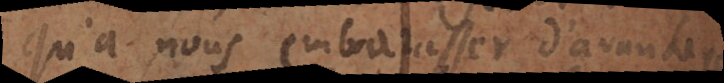
qu’à nous embarasser d’avantage